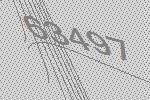
63497